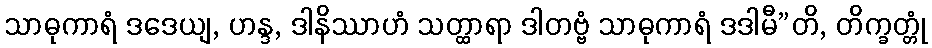
သာဓုကာရံ ဒဒေယျ, ဟန္ဒ, ဒါနိဿာဟံ သတ္ထာရာ ဒါတဗ္ဗံ သာဓုကာရံ ဒဒါမီ”တိ, တိက္ခတ္တုံ